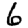
Digit: 6